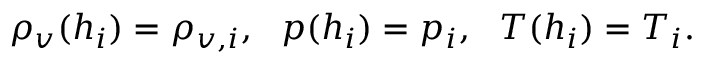
\rho _ { v } ( h _ { i } ) = \rho _ { v , i } , ~ ~ p ( h _ { i } ) = p _ { i } , ~ ~ T ( h _ { i } ) = T _ { i } .